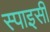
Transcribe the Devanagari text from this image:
स्‍पाइसी